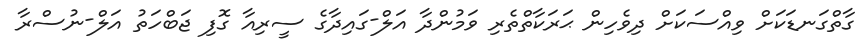
ގާތްގަނޑަކަށް ވިއްސަކަށް ދިވެހިން ޙަރަކާތްތެރި ވަމުންދާ އަލް-ގައިދާގެ ސީރިއާ ގޮފި ޖަބްހަތު އަލް-ނުސްރާ